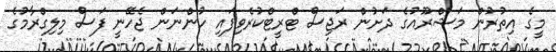
މީގެ އިތުރުން މަޝްރޫއުގެ ދަށުން ރަޖިސް ޓްރީޓްކުރެވިފައި ހުންނަން ޖެހޭނީ ފަސް މިލިގްރާމުގެ